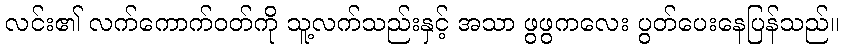
လင်း၏ လက်ကောက်ဝတ်ကို သူ့လက်သည်းနှင့် အသာ ဖွဖွကလေး ပွတ်ပေးနေပြန်သည်။